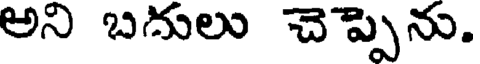
అని బదులు చెప్పెను.